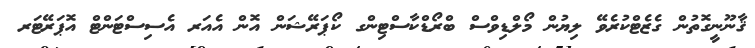
ޤާނޫނީގޮތުން ގެޒެޓްކުރެވޭ ލިޔުން މޯލްޑިވްސް ބްރޯޑްކާސްޓިންގ ކޯޕަރޭޝަން އޮން އެއަރ އެސިސްޓަންޓް އޮޕަރޭޓަރ